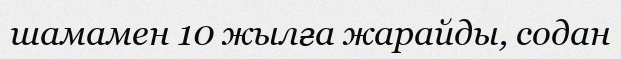
шамамен 10 жылға жарайды, содан